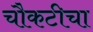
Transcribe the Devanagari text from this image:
चौकटीचा